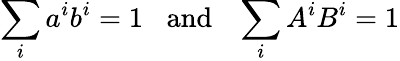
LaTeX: \sum_{i}a^{i}b^{i}=1\; \; \; \mathrm{and}\; \; \; \sum_{i}A^{i}B^{i}=1